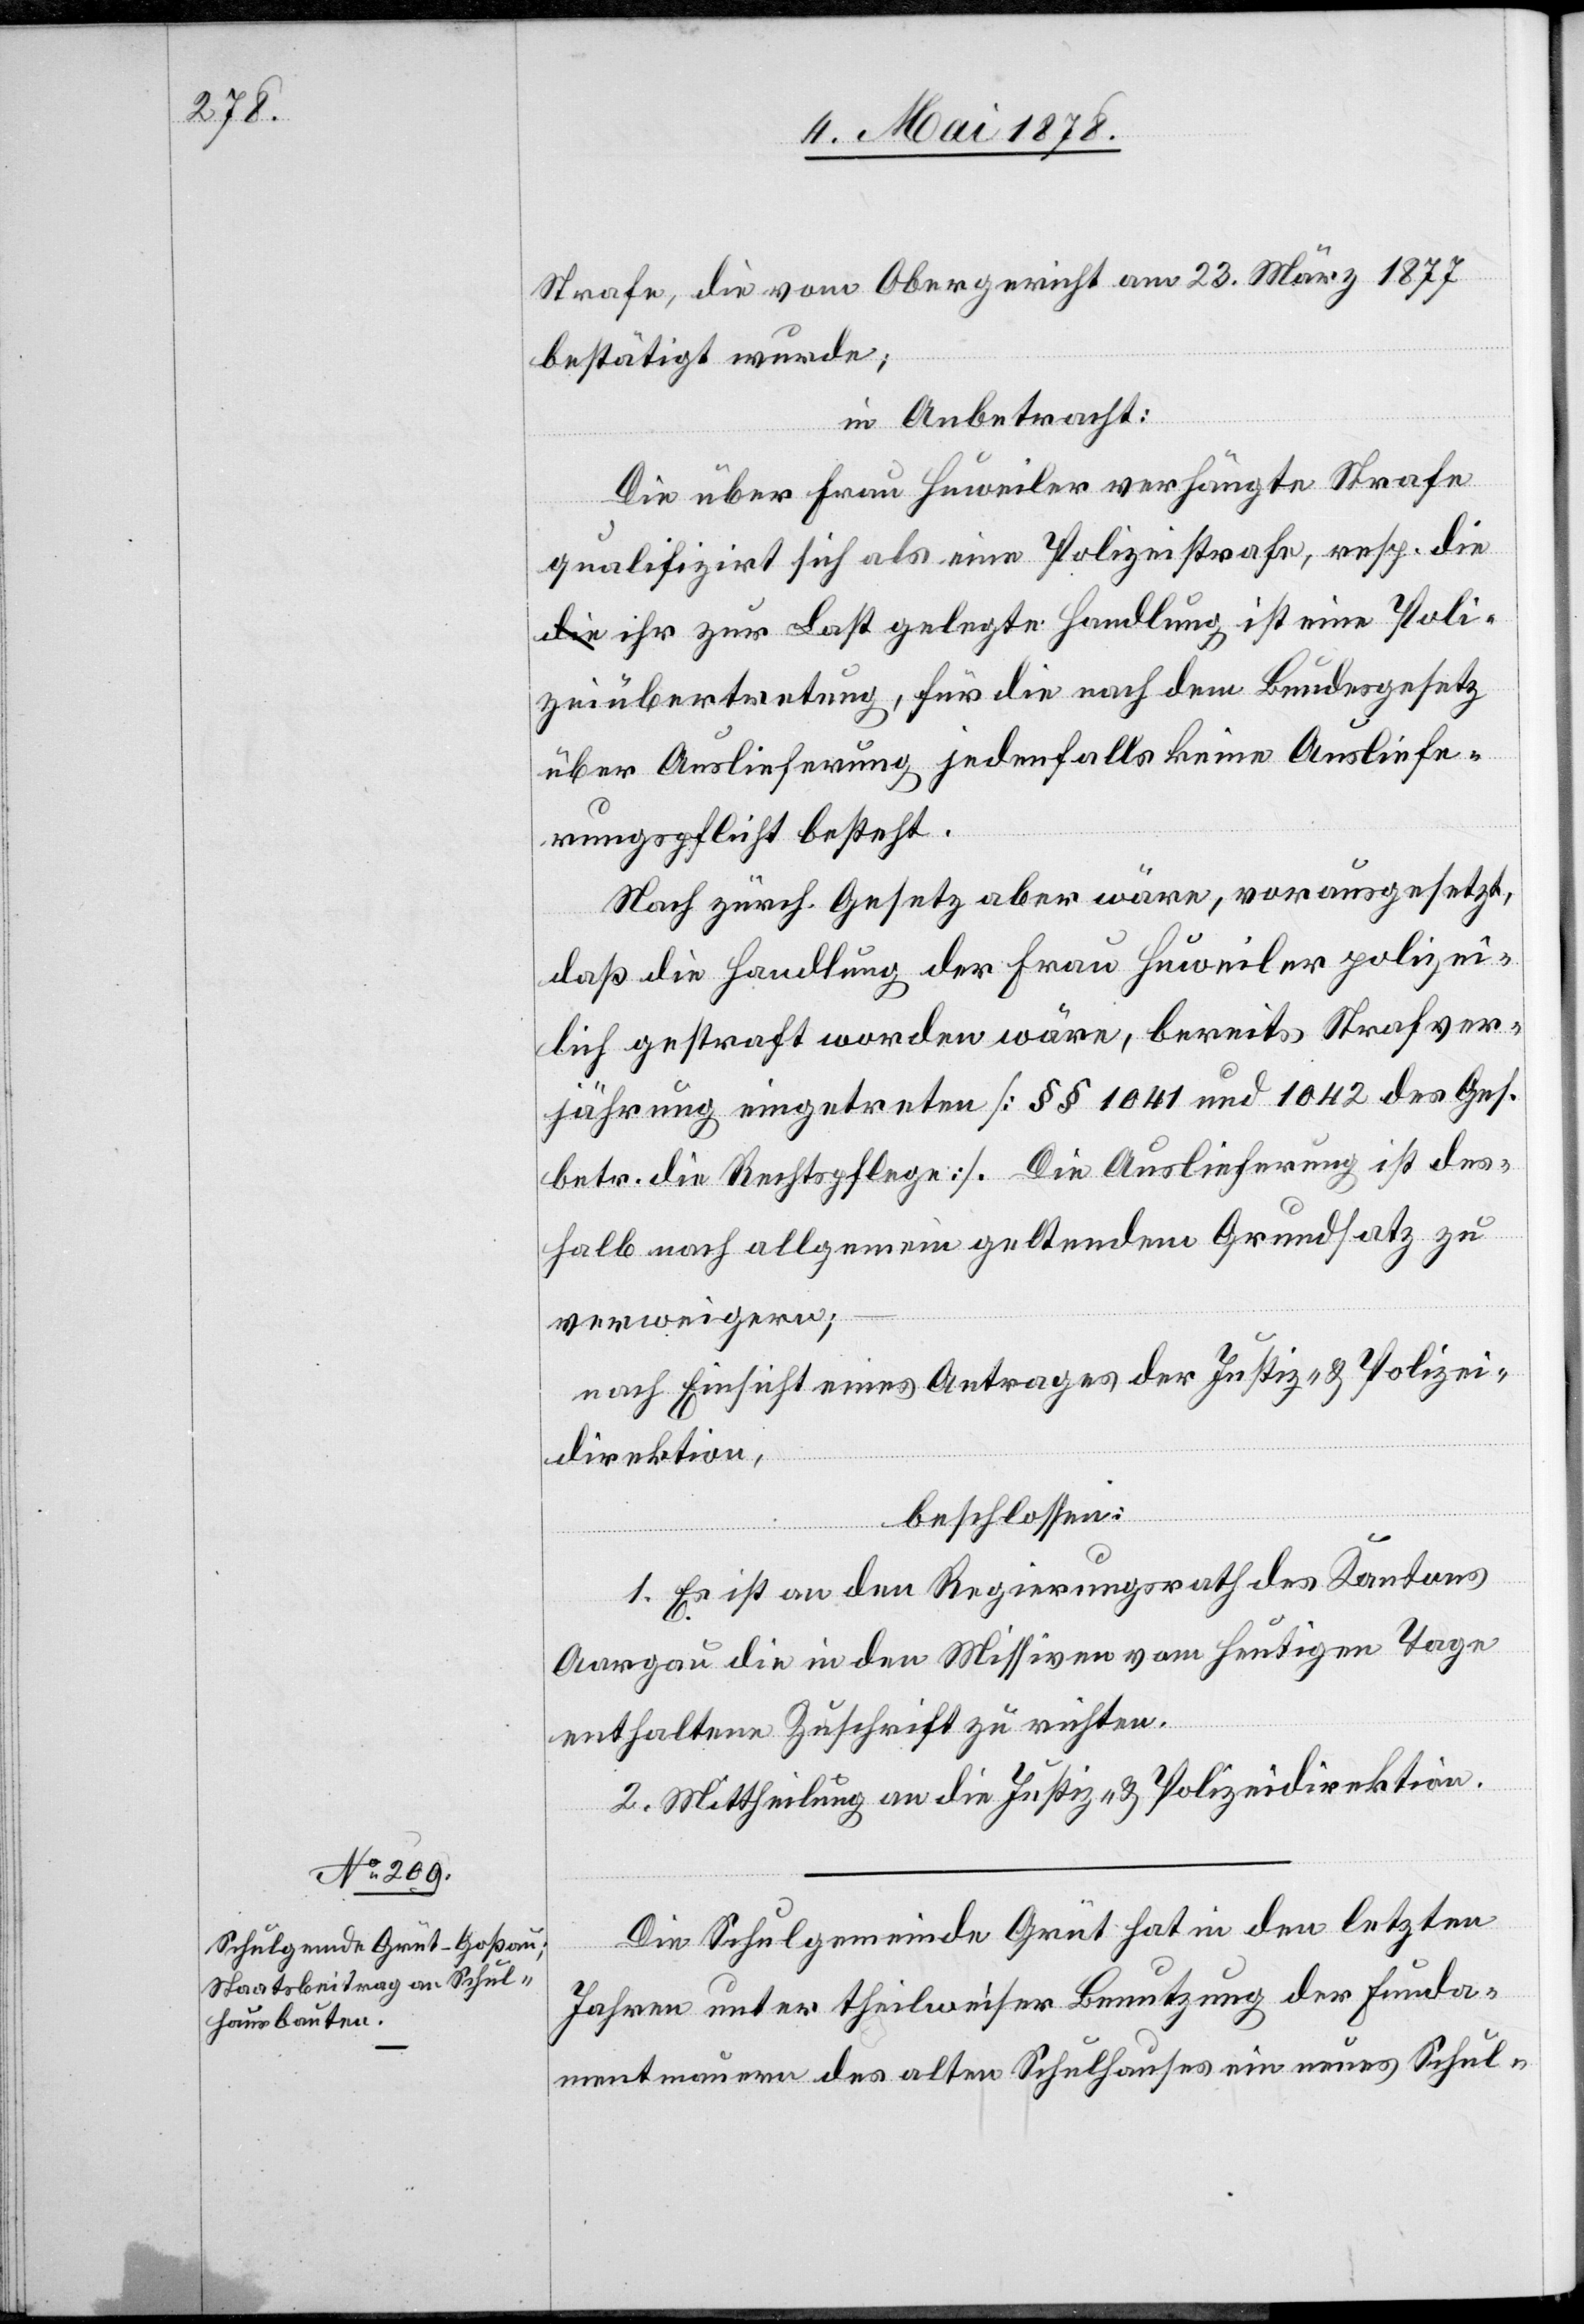
Strafe, die vom Obergericht am 23. März 1877
bestätigt wurde;
in Anbetracht:
Die über Frau Huweiler verhängte Strafe
qualifizirt sich als eine Polizeistrafe, resp. di¬
e ihr zur Last gelegte Handlung ist eine Poli¬
zeiübertretung, für die nach dem Bundesgesetz
über Auslieferung jedenfalls keine Ausliefe¬
rungspflicht besteht.
Nach zürch. Gesetz aber wäre, vorausgesetzt,
daß die Handlung der Frau Huweiler polizei¬
lich gestraft worden wäre, bereits Strafver¬
jährung eingetreten [§§ 1041 und 1042 des Ges.
betr. die Rechtspflege]. Die Auslieferung ist des¬
halb nach allgemein geltendem Grundsatz zu
verweigern;
nach Einsicht eines Antrages der Justiz- & Polizei¬
direktion,
beschlossen:
1. Es ist an den Regierungsrath des Kantons
Aargau die in den Missiven vom heutigen Tage
enthaltene Zuschrift zu richten.
2. Mittheilung an die Justiz- & Polizeidirektion.
Die Schulgemeinde Grüt hat in den letzten
Jahren unter theilweiser Benutzung der Funda¬
mentmauern des alten Schulhauses ein neues Schul-